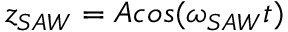
z _ { S A W } = A c o s ( \omega _ { S A W } t )